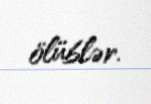
ölüblər.